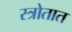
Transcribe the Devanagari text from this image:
स्त्रोतात